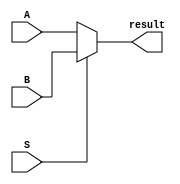
module mux2x1_4bit(
	input [4:0] A, B,
   input S,
   output [4:0] result);
	
   assign result = (S == 1'b0) ? A : B;
	
endmodule